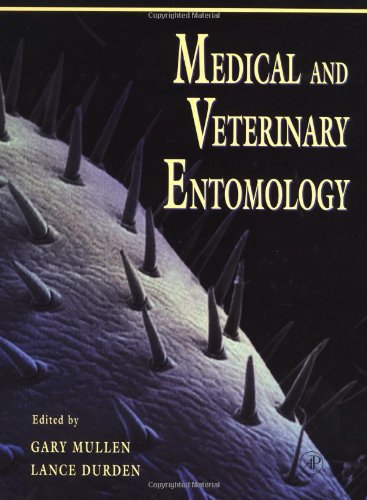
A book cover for Medical and Veterinary Entomology; Medical Books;